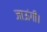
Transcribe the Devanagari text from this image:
जाऊंगीं।